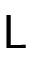
\textsf { L }